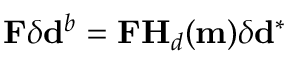
\mathbf { F } \delta \mathbf { d } ^ { b } = \mathbf { F } \mathbf { H } _ { d } ( \mathbf { m } ) \delta \mathbf { d } ^ { * }